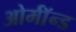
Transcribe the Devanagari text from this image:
ओर्मॉन्ड